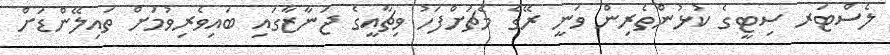
ލެސްޓަރ ސިޓީގެ ކުޅުންތެރިން ވަނީ ރޭގެ މެޗަށްފަހު ވިޗާއީގެ ޖަނާޒާގައި ބައިވެރިވުމަށް ތައިލޭންޑަށް